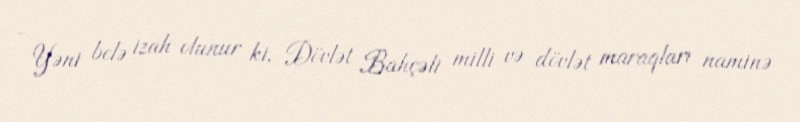
- Yəni belə izah olunur ki, Dövlət Bahçəli milli və dövlət maraqları naminə